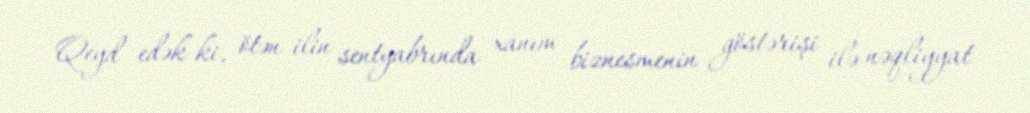
Qeyd edək ki, ötən ilin sentyabrında xanım biznesmenin göstərişi ilə nəqliyyat